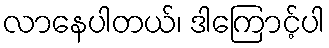
လာနေပါတယ်၊ ဒါကြောင့်ပါ